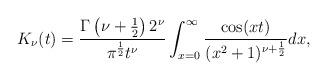
LaTeX: \begin{align*} K_{\nu}(t) = \frac{\Gamma\left(\nu+\frac{1}{2}\right)2^{\nu}}{\pi^{\frac{1}{2}}t^{\nu}}\int_{x=0}^{\infty}\frac{\cos(xt)}{(x^2+1)^{\nu+\frac{1}{2}}}dx, \end{align*}